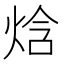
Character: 焓